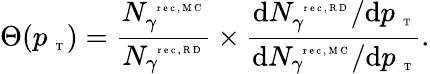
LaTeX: \Theta(p_{\mathrm{~\tiny~T~}})=\frac{N_{\gamma}^{\mathrm{~\tiny~r~e~c~,~M~C~}}}{N_{\gamma}^{\mathrm{~\tiny~r~e~c~,~R~D~}}}\times\frac{\mathrm{d}N_{\gamma}^{\mathrm{~\tiny~r~e~c~,~R~D~}}/\mathrm{d}p_{\mathrm{~\tiny~T~}}}{\mathrm{d}N_{\gamma}^{\mathrm{~\tiny~r~e~c~,~M~C~}}/\mathrm{d}p_{\mathrm{~\tiny~T~}}}.